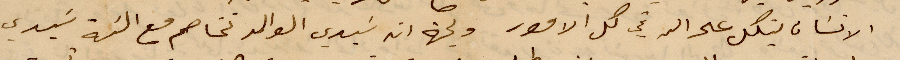
الانسان يتكل على الله في كل الأمور ولجهة انه سيدي الوالد تخاصم مع نية سيدي